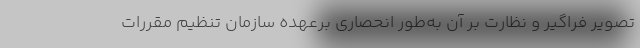
تصویر فراگیر و نظارت بر آن به‌طور انحصاری برعهده سازمان تنظیم مقررات